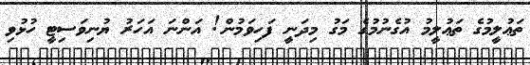
ތަޢުލީމުގެ ތަޢުލީމު އުގެނުމުގެ މަގު މިދަނީ ފަހިވަމުން! އަންނަ އަހަރު ޔުނިވަސިޓީ ހުޅުވި